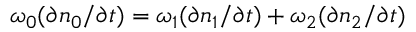
\omega _ { 0 } ( \partial n _ { 0 } / \partial t ) = \omega _ { 1 } ( \partial n _ { 1 } / \partial t ) + \omega _ { 2 } ( \partial n _ { 2 } / \partial t )